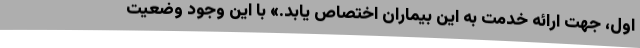
اول، جهت ارائه خدمت به این بیماران اختصاص یابد.» با این وجود وضعیت